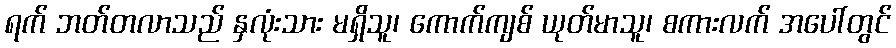
ရက် ဘတ်တလာသည် နှလုံးသား မရှိသူ၊ ကောက်ကျစ် ယုတ်မာသူ၊ စကားလက် အပေါ်တွင်